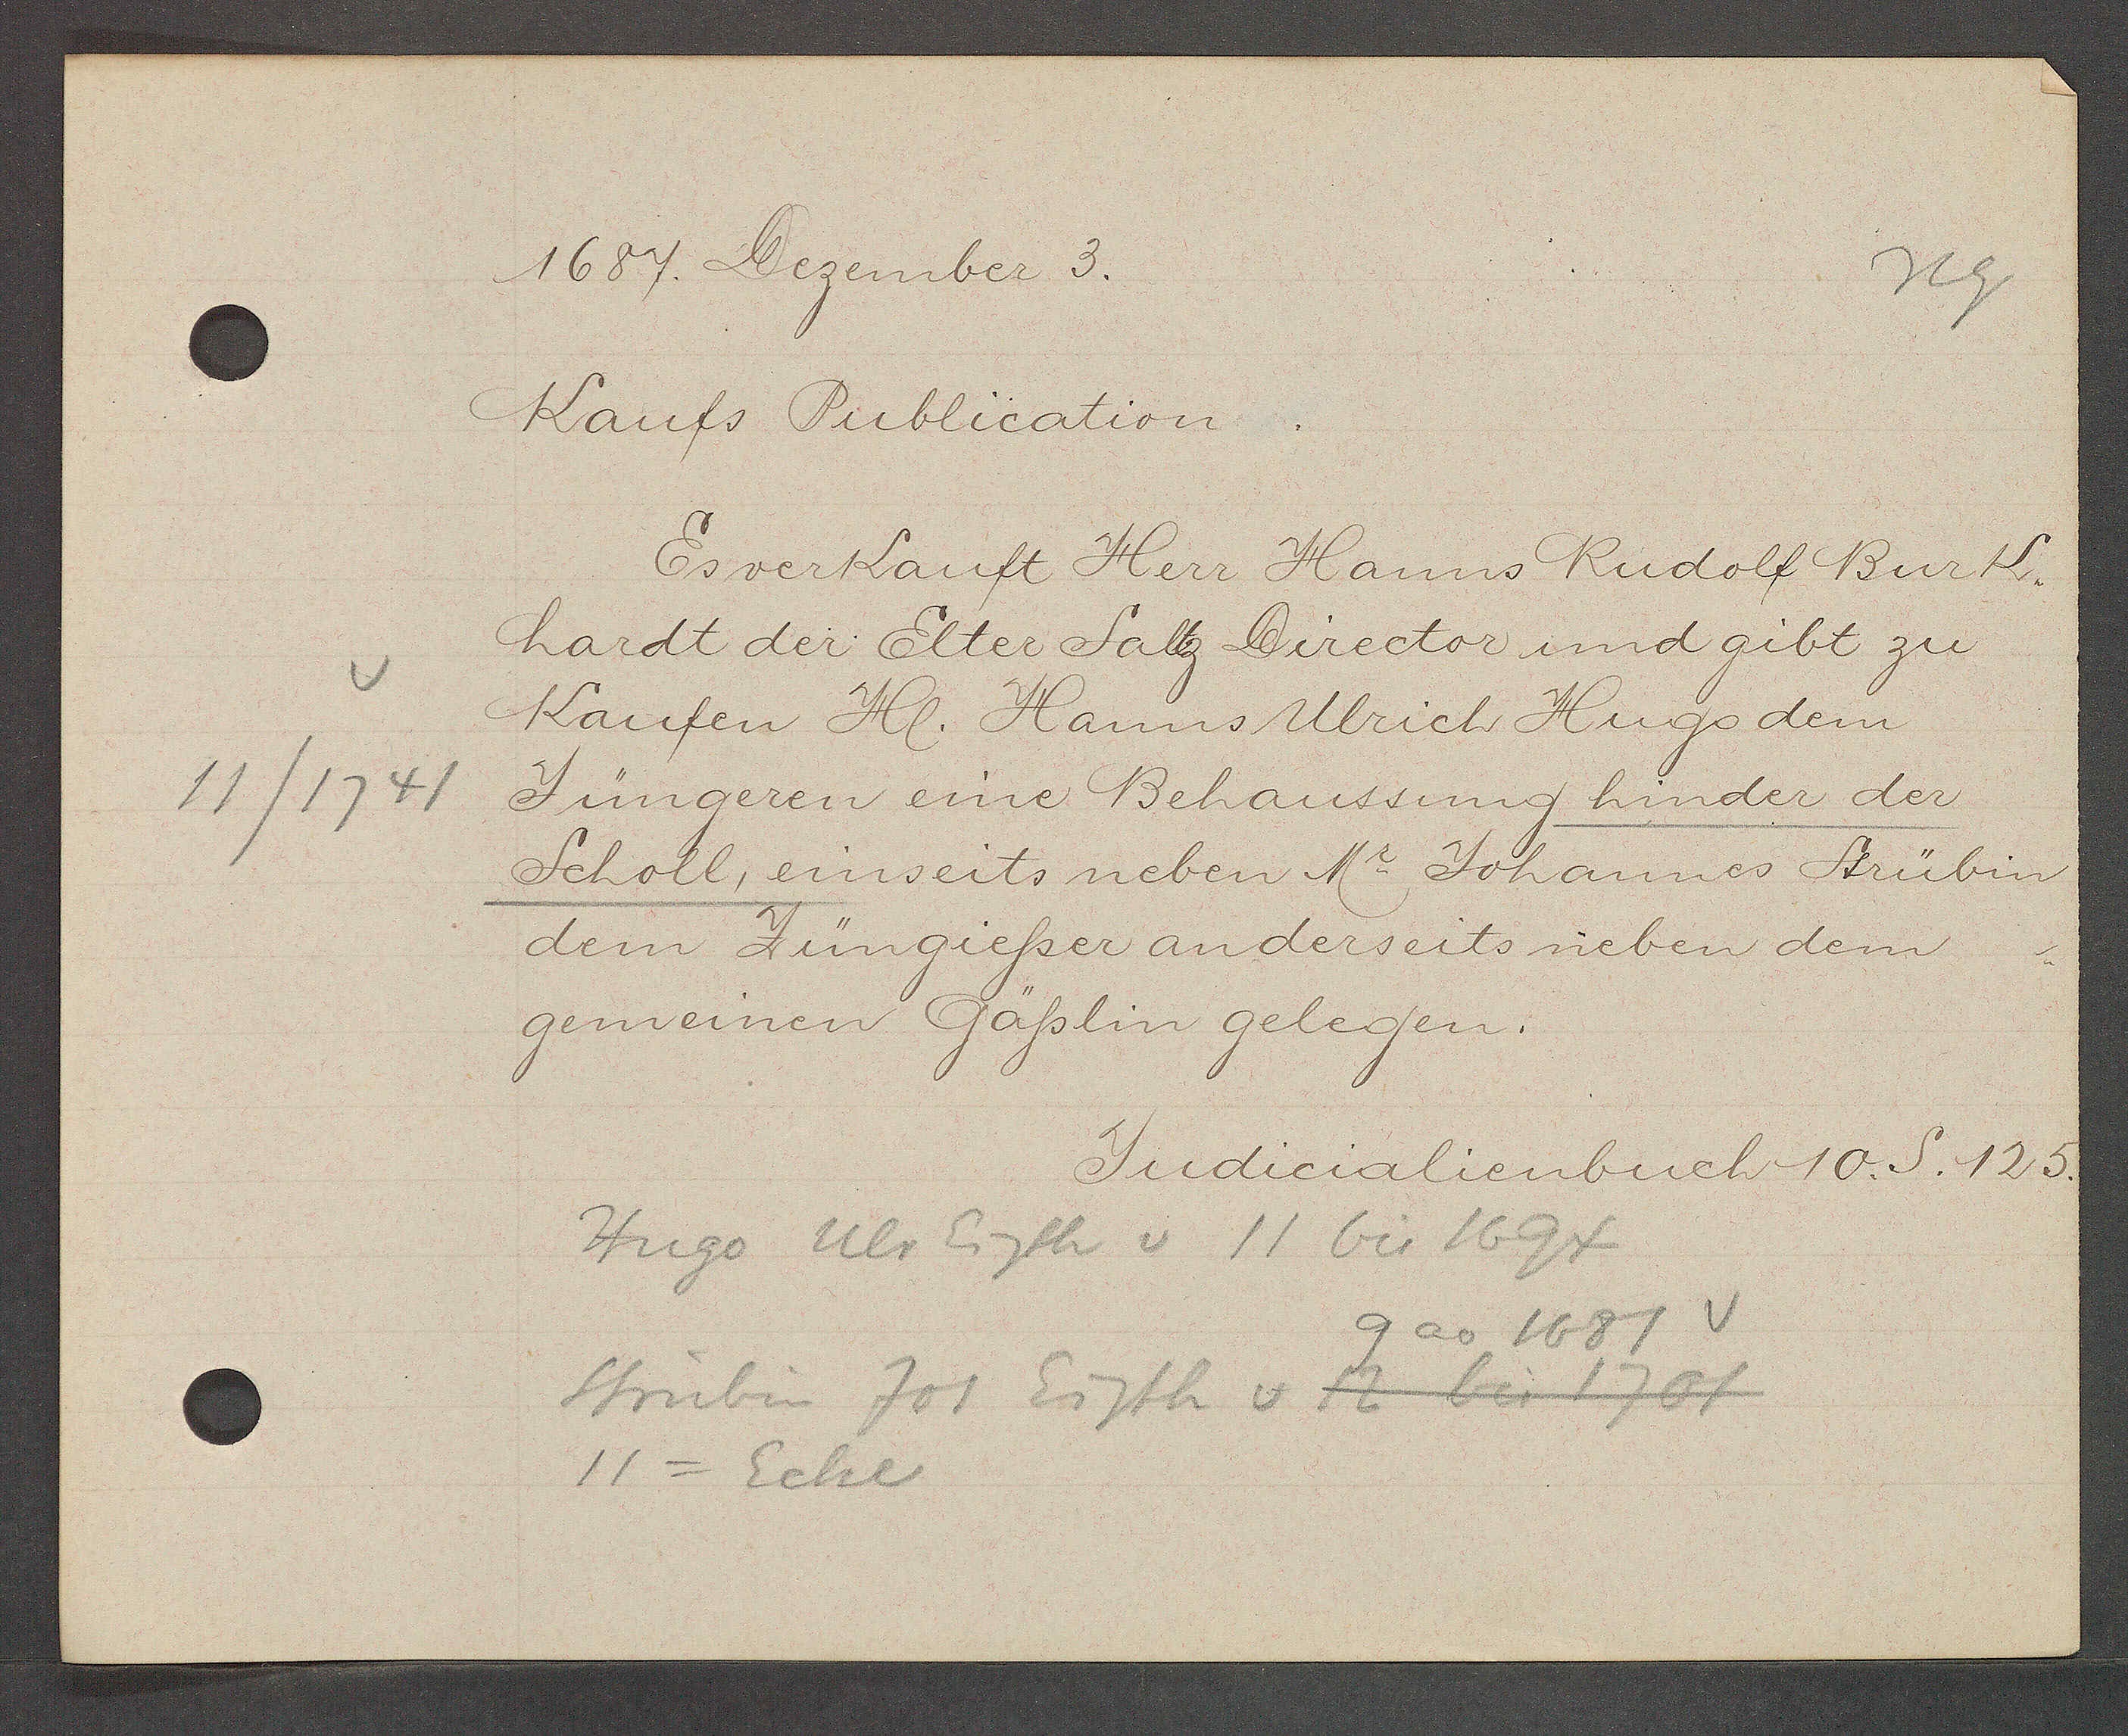
Transcript:
11/1741

1687 Dezember 3.

Kaufs Publication
hardt der Elter Saltz Director und gibt zu
Kaufen Hl. Hanns Ulrich Hugs dem
Jüngeren eine Behaussung hinder der
Scholl, einseits neben N. Johannes Strübin
dem Jüngießer anderseits neben dem
gemeinen Gäßlin gelegen.
Es verkauft Herr Hanns Rudolf Burk¬

Judicialienbuch 10. S. 125.

Hugo Ulr Eigth v 11 bis 1694
Strübin Jos Eigth v 12 bis 1701
11 = Ecke
9 ao 1681 v